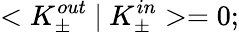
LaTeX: <K_{\pm}^{out}\ |\ K_{\pm}^{in}>=0;